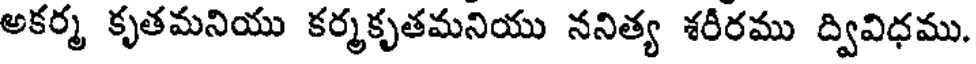
అకర్మ కృతమనియు కర్మకృతమనియు ననిత్య శరీరము ద్వివిధము.